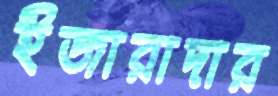
ইজারাদার